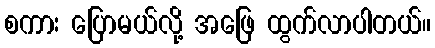
စကား ပြောမယ်လို့ အဖြေ ထွက်လာပါတယ်။